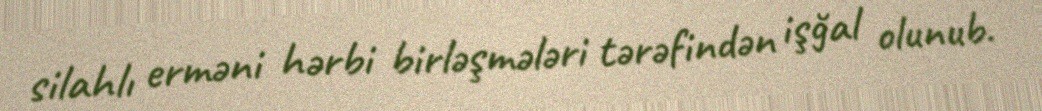
silahlı erməni hərbi birləşmələri tərəfindən işğal olunub.